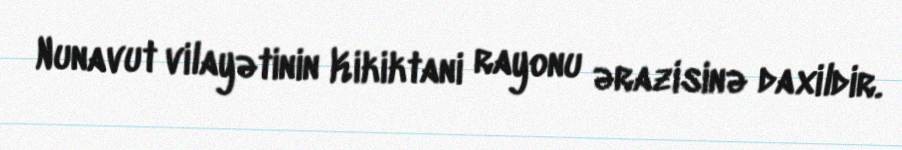
Nunavut vilayətinin Kikiktani rayonu ərazisinə daxildir.